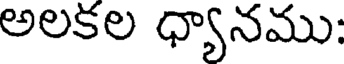
అలకల ధ్యానము: